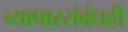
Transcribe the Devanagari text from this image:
व्यापारसंबंधही